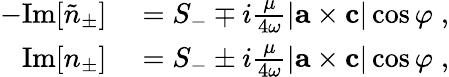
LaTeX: \begin{array}{rl}{-\mathrm{Im}[\tilde{n}_{\pm}]}&{{}=S_{-}\mp i\frac{\mu}{4\omega}|{\mathbf{a}}\times{\mathbf{c}}|\cos\varphi\; ,}\\ {\mathrm{Im}[{n}_{\pm}]}&{{}=S_{-}\pm i\frac{\mu}{4\omega}|{\mathbf{a}}\times{\mathbf{c}}|\cos\varphi\; ,}\end{array}